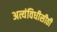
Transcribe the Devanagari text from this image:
अत्यंविधीसीठी